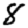
Digit: 8